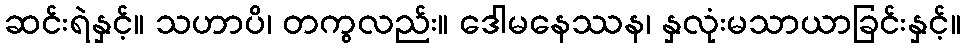
ဆင်းရဲနှင့်။ သဟာပိ၊ တကွလည်း။ ဒေါမနေဿန၊ နှလုံးမသာယာခြင်းနှင့်။